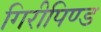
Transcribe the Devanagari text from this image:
गिरीपिण्ड